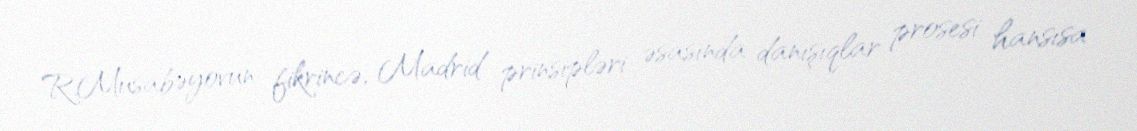
R.Musabəyovun fikrincə, Madrid prinsipləri əsasında danışıqlar prosesi hansısa